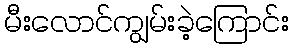
မီးလောင်ကျွမ်းခဲ့ကြောင်း